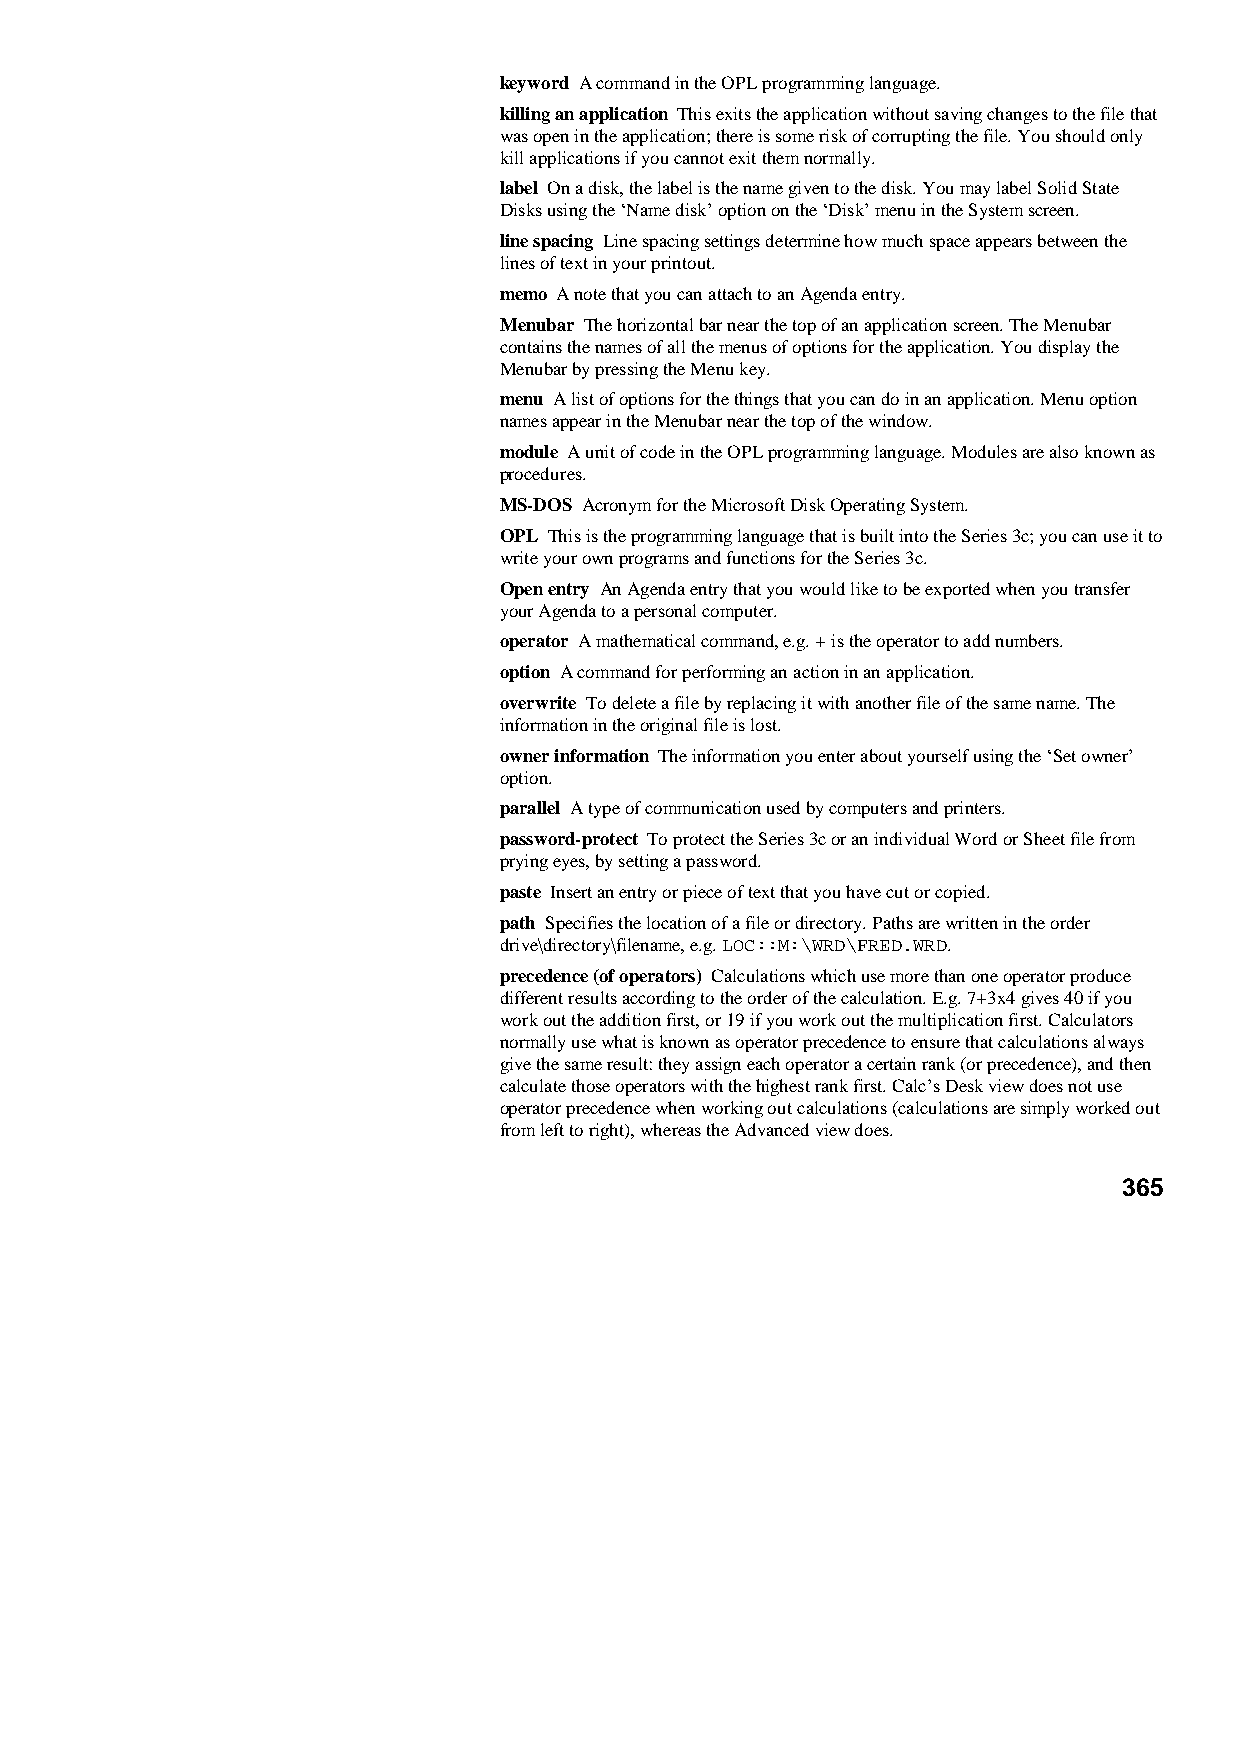
keyword A command in the OPL programming language.
 killing an application This exits the application without saving changes to the file that
 was open in the application; there is some risk of corrupting the file. You should only
 kill applications if you cannot exit them normally.
 label On a disk, the label is the name given to the disk. You may label Solid State
 Disks using the ‘Name disk’ option on the ‘Disk’ menu in the System screen.
 line spacing Line spacing settings determine how much space appears between the
 lines of text in your printout.
 memo A note that you can attach to an Agenda entry.
 Menubar The horizontal bar near the top of an application screen. The Menubar
 contains the names of all the menus of options for the application. You display the
 Menubar by pressing the Menu key.
 menu A list of options for the things that you can do in an application. Menu option
 names appear in the Menubar near the top of the window.
 module A unit of code in the OPL programming language. Modules are also known as
 procedures.
 MS-DOS Acronym for the Microsoft Disk Operating System.
 OPL This is the programming language that is built into the Series 3c; you can use it to
 write your own programs and functions for the Series 3c.
 Open entry An Agenda entry that you would like to be exported when you transfer
 your Agenda to a personal computer.
 operator A mathematical command, e.g. + is the operator to add numbers.
 option A command for performing an action in an application.
 overwrite To delete a file by replacing it with another file of the same name. The
 information in the original file is lost.
 owner information The information you enter about yourself using the ‘Set owner’
 option.
 parallel A type of communication used by computers and printers.
 password-protect To protect the Series 3c or an individual Word or Sheet file from
 prying eyes, by setting a password.
 paste Insert an entry or piece of text that you have cut or copied.
 path Specifies the location of a file or directory. Paths are written in the order
 drive\directory\filename, e.g. LOC::M:\WRD\FRED.WRD.
 precedence (of operators) Calculations which use more than one operator produce
 different results according to the order of the calculation. E.g. 7+3x4 gives 40 if you
 work out the addition first, or 19 if you work out the multiplication first. Calculators
 normally use what is known as operator precedence to ensure that calculations always
 give the same result: they assign each operator a certain rank (or precedence), and then
 calculate those operators with the highest rank first. Calc’s Desk view does not use
 operator precedence when working out calculations (calculations are simply worked out
 from left to right), whereas the Advanced view does.
 365